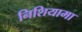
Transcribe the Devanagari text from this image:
निशियामा